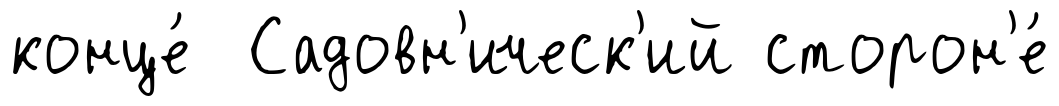
конце́ Садовн'ическ'ий сторон'е́